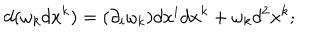
d ( \omega _ { k } d x ^ { k } ) = ( \partial _ { i } \omega _ { k } ) d x ^ { i } d x ^ { k } + \omega _ { k } d ^ { 2 } x ^ { k } ;